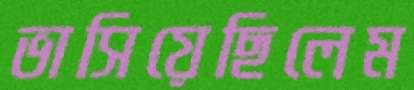
ভাসিয়েছিলেম